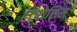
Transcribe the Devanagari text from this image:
हेटरोसिस